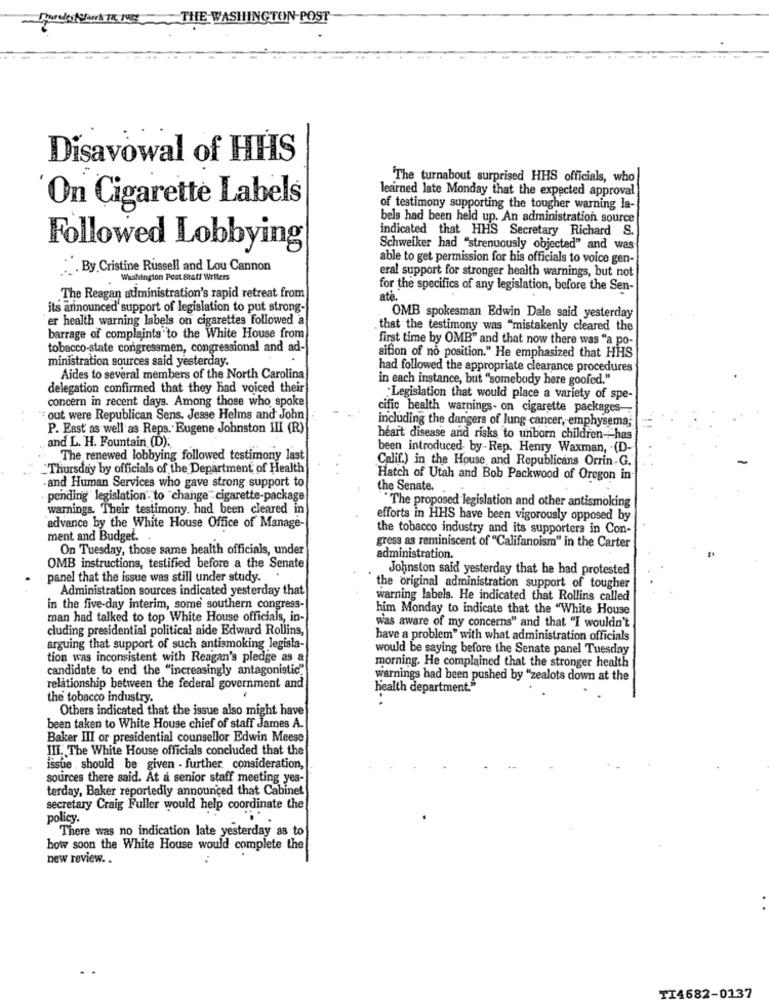
Tudo NWATKINS __ THE WASHINGTON POST
Disavowal of HHS
"The turnabout surprised HHS officials, who
learned late Monday that the expected approval
On Cigarette Labels
of testimony supporting the tougher warning la-
bels had been held up. An administration source
indicated that HHS Secretary Richard S.
Followed Lobbying
Schweiker had "strenuously objected" and was
able to get permission for his officials to voice gen-
:. By Cristine Russell and Lou Cannon
eral support for stronger health warnings, but not
Washington Post Staff Writers
for the specifics of any legislation, before the Sen-
The Reagan administration's rapid retreat from
até.
its announced' support of legislation to put strong-
er health warning labels on cigarettes followed a
.OMB spokesman Edwin Dale said yesterday
that the testimony was "mistakenly cleared the
barrage of complaints to the White House from
first time by OMB" and that now there was "a po-
tobacco-state congressmen, congressional and ad-
ministration sources said yesterday.
sifion of no position." He emphasized that HHS
had followed the appropriate clearance procedures
Aides to several members of the North Carolina
in each instance, but "somebody here goofed."
delegation confirmed that they had voiced their
concern in recent days. Among those who spoke
Legislation that would place a variety of spe-
cific health warnings- on cigarette packages-
out were Republican Sens. Jesse Helms and John
including the dangers of lung cancer, emphysema;
P. East as well as Reps. Eugene Johnston III (R)
and L. H. Fountain (D):
heart disease and risks to unborn children --- has
been introduced- by- Rep. Henry Waxman, . (D-
The renewed lobbying followed testimony last
Calif.) in the House and Republicans Orrin.G.
_Thursday by officials of the Department of Health
and Human Services who gave strong support to
Hatch of Utah and Bob Packwood of Oregon in
the Senate.
pending legislation- to change "cigarette-package
warnings. Their testimony. had been cleared in
"The proposed legislation and other antismoking
efforts in HHS have been vigorously opposed by
advance by the White House Office of Manage-
the tobacco industry and its supporters in Con-
ment and Budget. .
On Tuesday, those same health officials, under
gress as reminiscent of "Califanoism" in the Carter
administration.
OMB instructions, testified before a the Senate
Johnston said yesterday that he had protested
panel that the issue was still under study ..
Administration sources indicated yesterday that
the original administration support of tougher
warning labels. He indicated that Rollins called
in the five-day interim, some southern congress-
him Monday to indicate that the "White House
man had talked to top White House officials, in-
cluding presidential political aide Edward Rollins,
was aware of my concerns" and that "I wouldn't
have a problem" with what administration officials
arguing that support of such antismoking legisla-
would be saying before the Senate panel Tuesday
tion was inconsistent with Reagan's pledge as a
morning. He complained that the stronger health
candidate to end the "increasingly antagonistic""
warnings had been pushed by "zealots down at the
relationship between the federal government and
health department."
the tobacco industry.
Others indicated that the issue also might have
been taken to White House chief of staff James A.
Baker III or presidential counsellor Edwin Meese
III. The White House officials concluded that the
issue . should be given - further consideration,
sources there said. At a senior staff meeting yes-
terday, Baker reportedly announced that Cabinet
secretary Craig Fuller would help coordinate the
policy.
There was no indication late yesterday as to
how soon the White House would complete the
new review ..
TI4682-0137